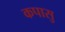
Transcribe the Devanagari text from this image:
कपासु